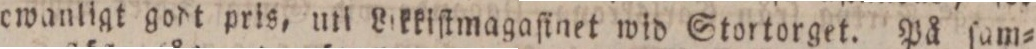
ewanligt godt pris, uti Likkiſtmagaſinet wid Stortorget. På ſam=